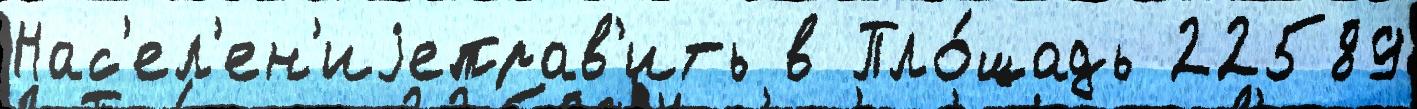
Нас'ел'ен'иjеправ'ить в Пло́щадь 22589